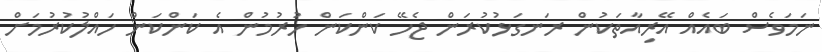
ނަމަވެސް ބައެއް އޭރިއާތަކުން ރަނގަޅުކުރަން ޖެހޭ ކަންކަން ހުރުމުން އެ ކަންކަން ހައްލުކުރުމަށް